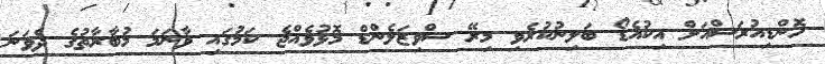
ހޮންޑިއުރަސްއަށް އިކުއެޑޯ ބަލިނުކުރެވި މިރޭ ސްވިޒަލެންޑް މޮޅުވެއްޖެ ކަމުގައި ވާނަމަ މުބާރާތުގެ ދެވަނަ